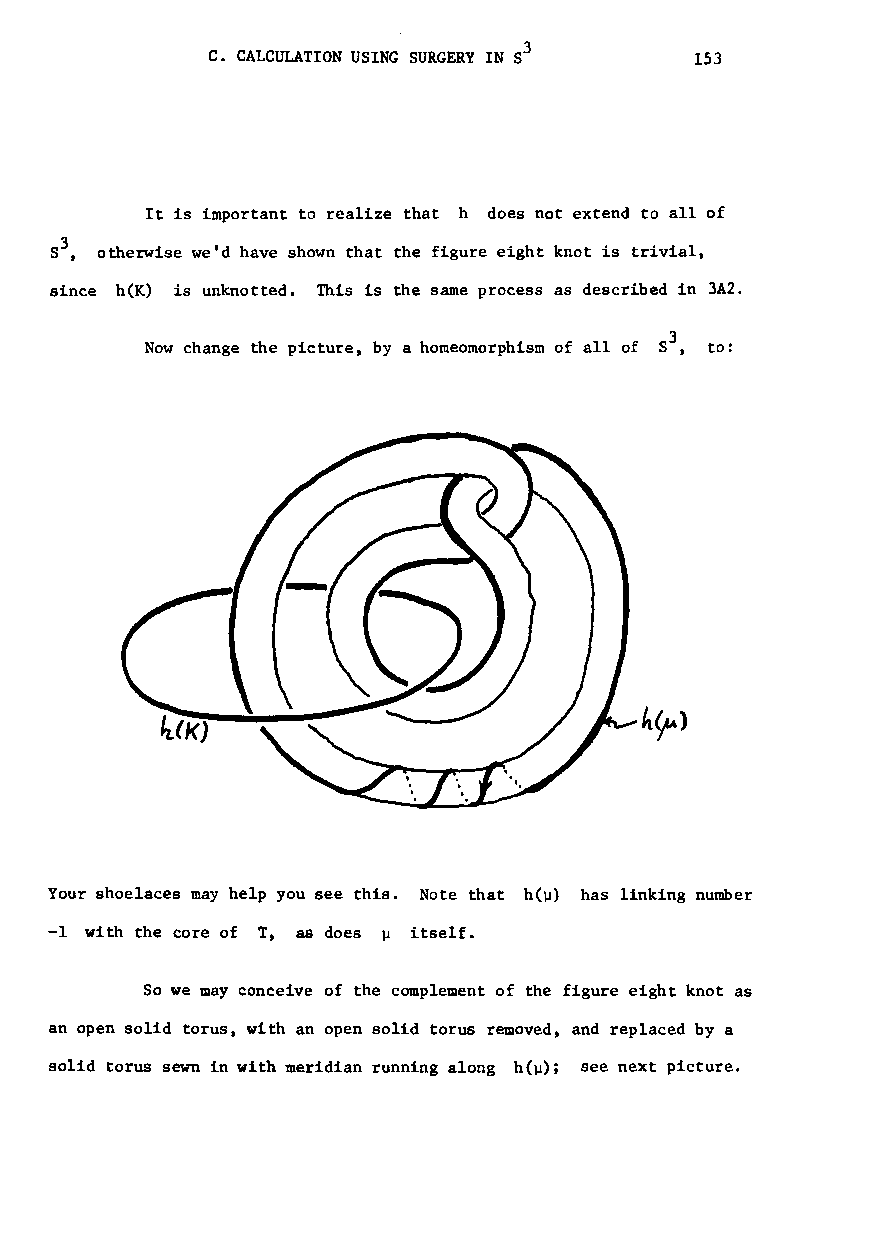
C. CALCULATION USING SURGERY IN S3 153
 It is important to realize that h does not extend to all of
 S3, otherwise we'd have shown that the figure eight knot is trivial,
 since h(K) is unknotted. This is the same process as described in 3A2.
 Now change the picture, by a homeomorphism of all of S3, to:
 Your shoelaces may help you see this. Note that h(~) has linking number
 -1 with the core of T, as does ~ itself.
 So we may conceive of the complement of the figure eight knot as
 an open solid torus, with an open solid torus removed, and replaced by a
 solid torus sewn in with meridian running along h(~); see next picture.